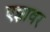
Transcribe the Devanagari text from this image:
एझावर